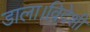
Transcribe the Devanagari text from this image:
डाला।विदेशी